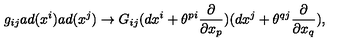
g _ { i j } a d ( x ^ { i } ) a d ( x ^ { j } ) \rightarrow G _ { i j } ( d x ^ { i } + \theta ^ { p i } \frac { \partial } { \partial x _ { p } } ) ( d x ^ { j } + \theta ^ { q j } \frac { \partial } { \partial x _ { q } } ) ,